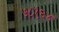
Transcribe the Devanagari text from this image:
७८१६४